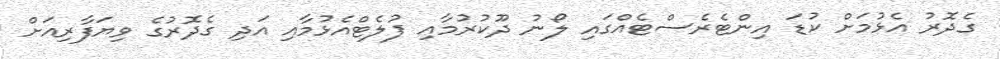
ގެދޮރު އެޅުމަށް ކުޑަ އިންޓެރެސްޓެއްގައި ލޯނު ދޫކުރުމާއި ފުލެޓްއެޅުމާއި އަދި ގެދޮރުގެ ވިޔަފާރިއަށް